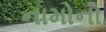
નામોનો